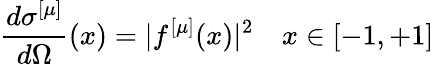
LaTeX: \frac{d\sigma^{[\mu]}}{d\Omega}(x)=\vert f^{[\mu]}(x)\vert^{2}\, \, \, \, \, \, x\in[-1,+1]